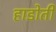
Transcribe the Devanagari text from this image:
हाडोती